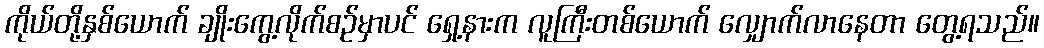
ကိုယ်တို့နှစ်ယောက် ချိုးကွေ့လိုက်စဉ်မှာပင် ရှေ့နားက လူကြီးတစ်ယောက် လျှောက်လာနေတာ တွေ့ရသည်။